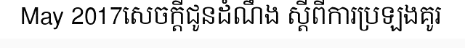
May 2017សេចក្តីជូនដំណឹង ស្តីពីការប្រឡងគូរ